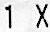
1 X